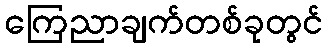
ကြေညာချက်တစ်ခုတွင်